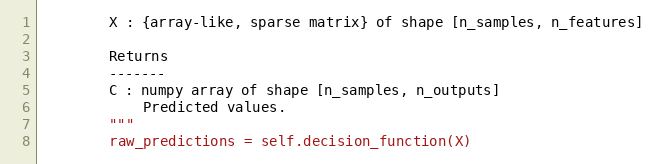
Language: Python
        X : {array-like, sparse matrix} of shape [n_samples, n_features]

        Returns
        -------
        C : numpy array of shape [n_samples, n_outputs]
            Predicted values.
        """
        raw_predictions = self.decision_function(X)